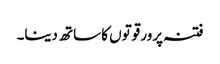
فتنہ پرور قوتوں کا ساتھ دینا۔